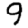
Digit: 9